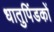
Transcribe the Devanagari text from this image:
धातुपिंडकों